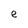
Character: e